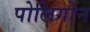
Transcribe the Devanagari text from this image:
पोलिगोन